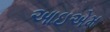
આઇએમ